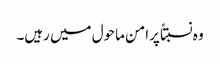
وہ نسبتاً پرامن ماحول میں رہیں۔